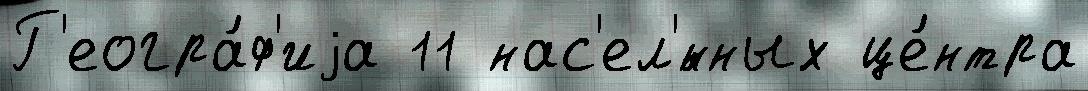
Г'еогра́ф'иjа 11 нас'ел'́нных це́нтра